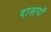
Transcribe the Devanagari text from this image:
दासपॉ